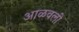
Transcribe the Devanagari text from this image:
आळवली